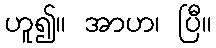
ဟူ၍။ အာဟ၊ ပြီ။